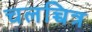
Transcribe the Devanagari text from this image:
चलच्चित्र